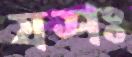
যশঃ